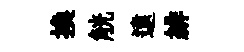
換觥遠緋